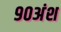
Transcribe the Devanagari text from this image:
९०अंश